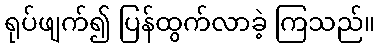
ရုပ်ဖျက်၍ ပြန်ထွက်လာခဲ့ ကြသည်။